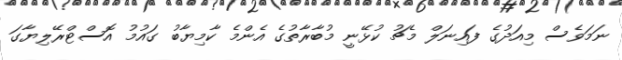
ނަމަވެސް މިއަދުގެ ފައިނަލް މެޗު ކުޅޭނީ މުބާރާތުގެ އެންމެ ކާމިޔާބު ގައުމު އޮސްޓްރޭލިޔާގަ